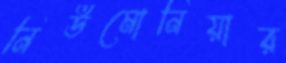
নিউমোনিয়ার